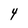
Character: 4